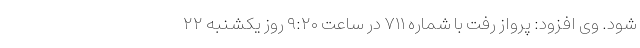
شود. وی افزود: پرواز رفت با شماره ۷۱۱ در ساعت ۹:۲۰ روز یکشنبه ۲۲